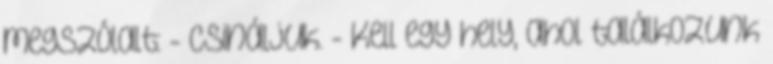
megszólalt: - Csináljuk. - Kell egy hely, ahol találkozunk